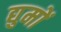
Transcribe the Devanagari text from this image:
द्युमों